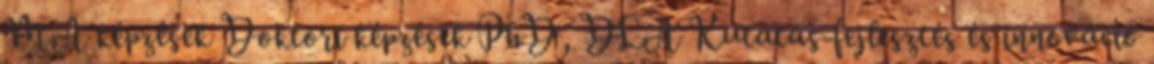
MA képzések Doktori képzések PhD, DLA Kutatás-fejlesztés és innováció